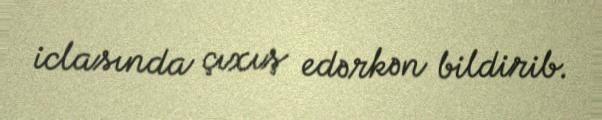
iclasında çıxış edərkən bildirib.